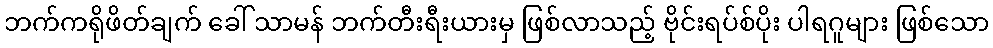
ဘက်ကရိုဖိတ်ချက် ခေါ် သာမန် ဘက်တီးရီးယားမှ ဖြစ်လာသည့် ဗိုင်းရပ်စ်ပိုး ပါရဂူများ ဖြစ်သော